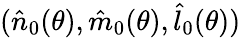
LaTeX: (\hat{n}_{0}(\theta),\hat{m}_{0}(\theta),\hat{l}_{0}(\theta))